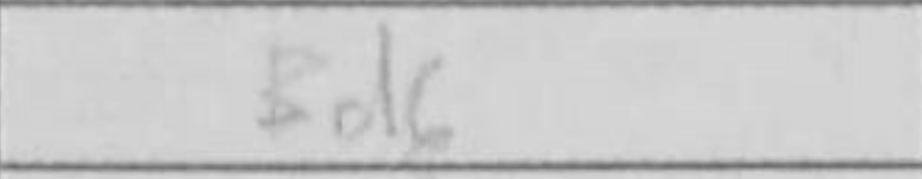
Transcription: Bd6